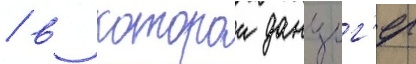
/ в которои данциг'ер